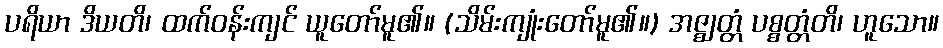
ပရိယာ ဒိယတိ၊ ထက်ဝန်းကျင် ယူတော်မူ၏။ (သိမ်းကျုံးတော်မူ၏။) အဇ္ဈတ္တံ ပစ္စတ္တံတိ၊ ဟူသော။